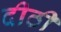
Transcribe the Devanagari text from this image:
दीठी